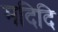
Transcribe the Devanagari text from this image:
मदिदि